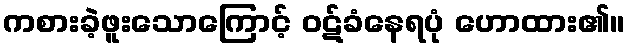
ကစားခဲ့ဖူးသောကြောင့် ဝဋ်ခံနေရပုံ ဟောထား၏။